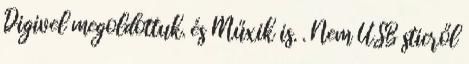
Digivel megoldottuk. és Műxik is. . Nem USB sticről